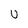
Character: U